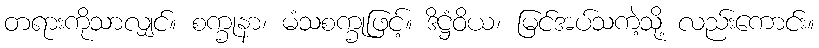
တရားကိုသာလျှင်။ စက္ခုနာ၊ မံသစက္ခုဖြင့်။ ဒိဋ္ဌံဝိယ၊ မြင်အပ်သကဲ့သို့ လည်းကောင်း။